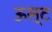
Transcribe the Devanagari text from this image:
ऊस्ट